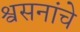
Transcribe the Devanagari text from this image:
श्वसनांचे